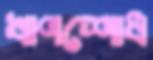
ঋণশোধ